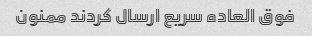
فوق العاده سریع ارسال کردند ممنون